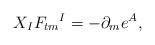
LaTeX: \begin{align*}X_{I}F_{tm}{}^{I}=-\partial_{m}e^A,\end{align*}